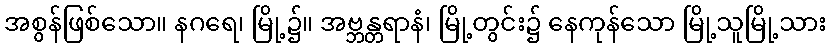
အစွန်ဖြစ်သော။ နဂရေ၊ မြို့၌။ အဗ္ဘန္တရာနံ၊ မြို့တွင်း၌ နေကုန်သော မြို့သူမြို့သား